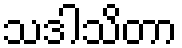
သဒါသိတာ